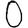
Digit: 0